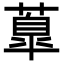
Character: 𦺆